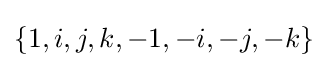
\{1,i,j,k,-1,-i,-j,-k\}